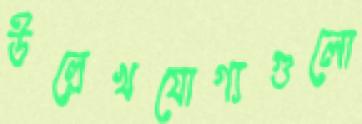
উল্লেখযোগ্যগুলো